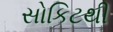
સોકિટથી